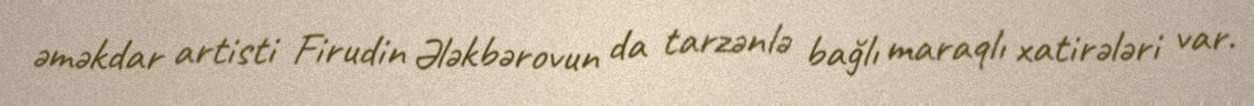
əməkdar artisti Firudin Ələkbərovun da tarzənlə bağlı maraqlı xatirələri var.